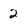
Character: 2